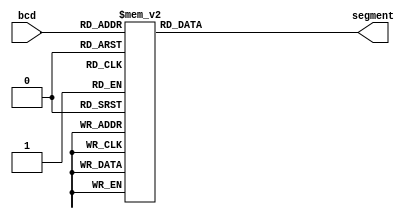
`timescale 1ns / 1ps
//////////////////////////////////////////////////////////////////////////////////
// Company: 
// Engineer: 
// 
// Design Name: 
// Module Name:    BCD_7 
// Project Name: 
// Target Devices: 
// Tool versions: 
// Description: 
//
// Dependencies: 
//
// Revision: 
// Revision 0.01 - File Created
// Additional Comments: 
//
//////////////////////////////////////////////////////////////////////////////////
module BCD_7(bcd, segment);
   
	input wire [3:0]bcd;
	output reg [6:0]segment;
	
	always @(*)
	begin
		case(bcd)
		
		0 : begin segment = 7'b1111110; end
		1 : begin segment = 7'b0110000; end
		2 : begin segment = 7'b1101101; end
		3 : begin segment = 7'b1111001; end
		4 : begin segment = 7'b0110011; end
		5 : begin segment = 7'b1011011; end
		6 : begin segment = 7'b1011111; end
		7 : begin segment = 7'b1110000; end
		8 : begin segment = 7'b1111111; end
		9 : begin segment = 7'b1111011; end
		default : begin segment = 7'b1111111; end
		endcase
	end	
endmodule